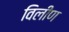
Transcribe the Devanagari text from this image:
विलीण